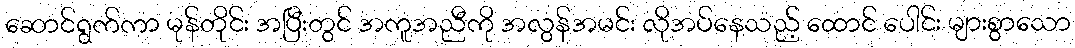
ဆောင်ရွက်ကာ မုန်တိုင်း အပြီးတွင် အကူအညီကို အလွန်အမင်း လိုအပ်နေသည့် ထောင် ပေါင်း များစွာသော